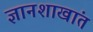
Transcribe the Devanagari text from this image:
ज्ञानशाखांत